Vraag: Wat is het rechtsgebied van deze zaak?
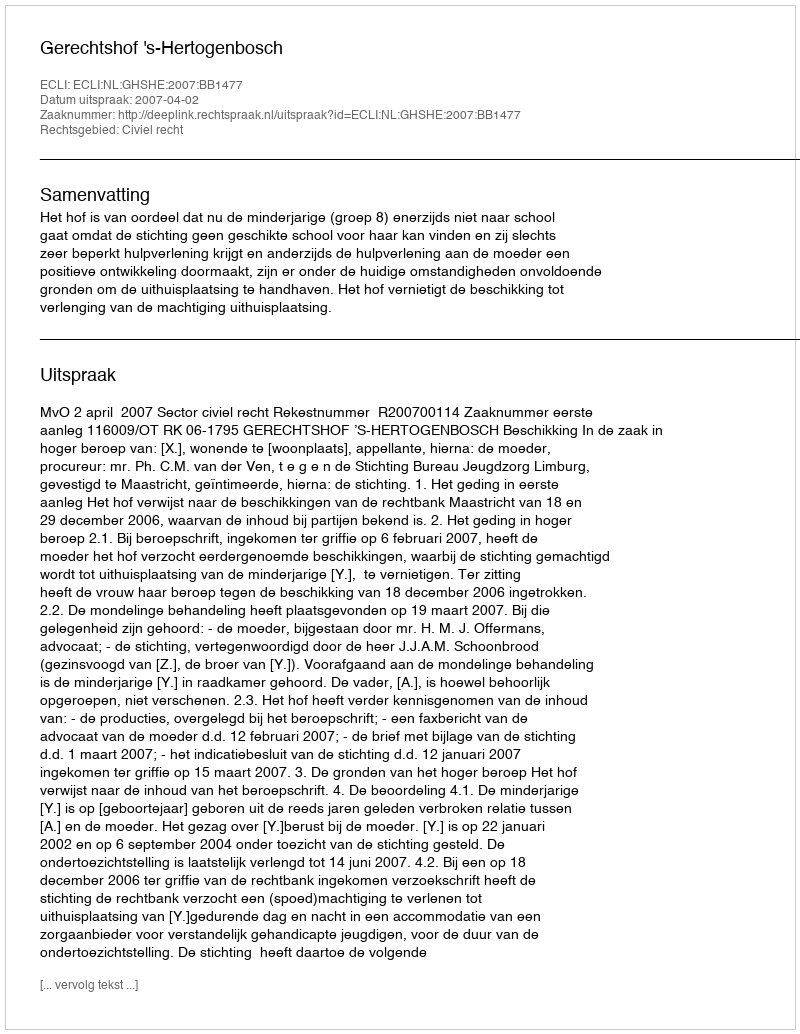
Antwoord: Civiel recht